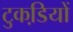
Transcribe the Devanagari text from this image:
टुकडि़यों